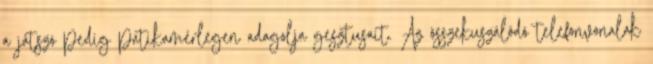
a játszó pedig patikamérlegen adagolja gesztusait. Az összekuszálódó telefonvonalak